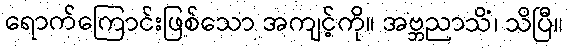
ရောက်ကြောင်းဖြစ်သော အကျင့်ကို။ အဗ္ဘညာသိံ၊ သိပြီ။